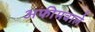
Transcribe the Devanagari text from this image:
अफीमवाले